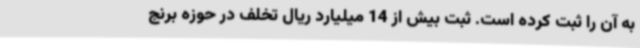
به آن را ثبت کرده است. ثبت بیش از 14 میلیارد ریال تخلف در حوزه برنج